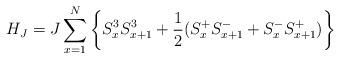
LaTeX: \begin{align*}H_{J}=J\sum_{x=1}^{N}\left\{ S^{3}_{x}S_{x+1}^{3}+\frac{1}{2}(S^{+}_{x}S^{-}_{x+1}+S^{-}_{x}S^{+}_{x+1})\right\}\end{align*}